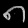
Digit: ၈